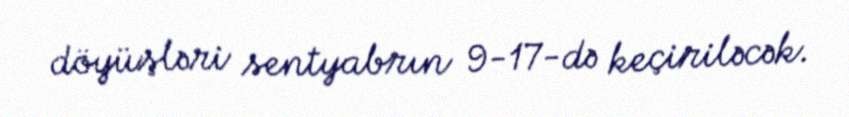
döyüşləri sentyabrın 9-17-də keçiriləcək.